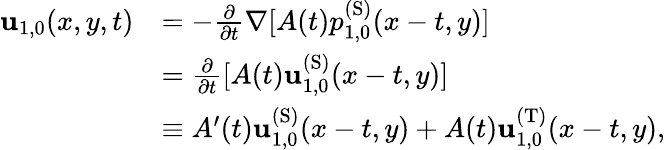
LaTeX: \begin{array}{rl}{\mathbf{u}_{1,0}(x,y,t)}&{=-\frac{\partial}{\partial t}\nabla[A(t)p_{1,0}^{\mathrm{(S)}}(x-t,y)]}\\ &{=\frac{\partial}{\partial t}[A(t)\mathbf{u}_{1,0}^{\mathrm{(S)}}(x-t,y)]}\\ &{\equiv A^{\prime}(t)\mathbf{u}_{1,0}^{\mathrm{(S)}}(x-t,y)+A(t)\mathbf{u}_{1,0}^{\mathrm{(T)}}(x-t,y),}\end{array}